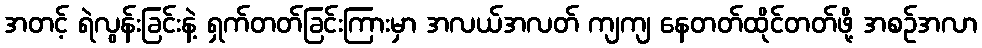
အတင့် ရဲလွန်းခြင်းနဲ့ ရှက်တတ်ခြင်းကြားမှာ အလယ်အလတ် ကျကျ နေတတ်ထိုင်တတ်ဖို့ အစဉ်အလာ